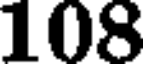
108